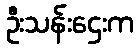
ဦးသန်းဌေးက